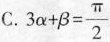
C. $$3 \alpha + \beta = \frac{\pi}{2}$$